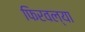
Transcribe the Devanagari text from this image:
फिरवल्या